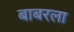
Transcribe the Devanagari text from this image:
बाबरला